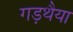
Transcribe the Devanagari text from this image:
गड़थैया